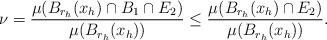
LaTeX: \begin{align*}\nu=\frac{\mu(B_{r_h}(x_h)\cap B_1\cap E_2)}{\mu(B_{r_h}(x_h))}\leq \frac{\mu(B_{r_h}(x_h)\cap E_2)}{\mu(B_{r_h}(x_h))}.\end{align*}